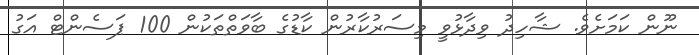
ނޫން ކަމަށެވެ. ޝާހިދު ވިދާޅުވީ މިސަރުކާރުން ކާޑުގެ ބާވަތްތަކުން 100 ޕަސެންޓް އަގު